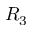
R _ { 3 }